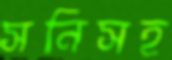
সনিসহ